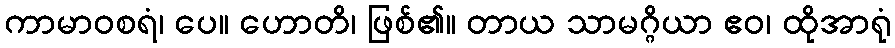
ကာမာဝစရံ၊ ပေ။ ဟောတိ၊ ဖြစ်၏။ တာယ သာမဂ္ဂိယာ ဧဝ၊ ထိုအာရုံ